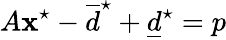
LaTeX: A\mathbf{x}^{\star}-\overline{{d}}^{\star}+\underline{{d}}^{\star}=p